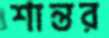
শান্তর